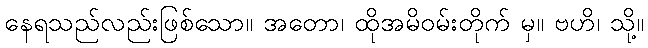
နေရသည်လည်းဖြစ်သော။ အတော၊ ထိုအမိဝမ်းတိုက် မှ။ ဗဟိ၊ သို့။